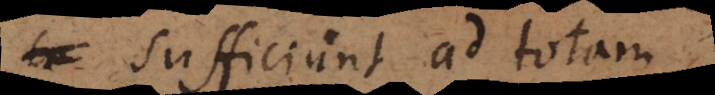
sufficiunt ad totam